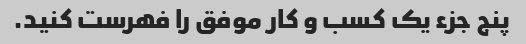
پنج جزء یک کسب و کار موفق را فهرست کنید.